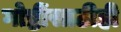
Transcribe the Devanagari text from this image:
गोष्टींसाठीही